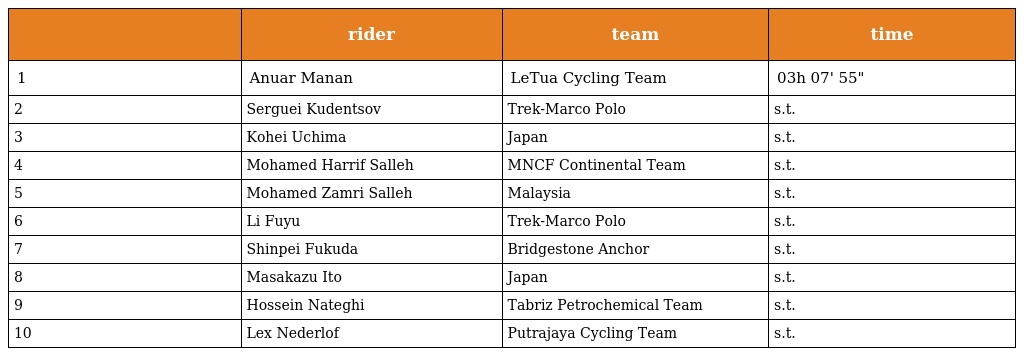
|  | rider | team | time |
 | --- | --- | --- | --- |
 | 1 | Anuar Manan | LeTua Cycling Team | 03h 07' 55" |
 | 2 | Serguei Kudentsov | Trek-Marco Polo | s.t. |
 | 3 | Kohei Uchima | Japan | s.t. |
 | 4 | Mohamed Harrif Salleh | MNCF Continental Team | s.t. |
 | 5 | Mohamed Zamri Salleh | Malaysia | s.t. |
 | 6 | Li Fuyu | Trek-Marco Polo | s.t. |
 | 7 | Shinpei Fukuda | Bridgestone Anchor | s.t. |
 | 8 | Masakazu Ito | Japan | s.t. |
 | 9 | Hossein Nateghi | Tabriz Petrochemical Team | s.t. |
 | 10 | Lex Nederlof | Putrajaya Cycling Team | s.t. |